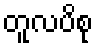
တူလပိစု